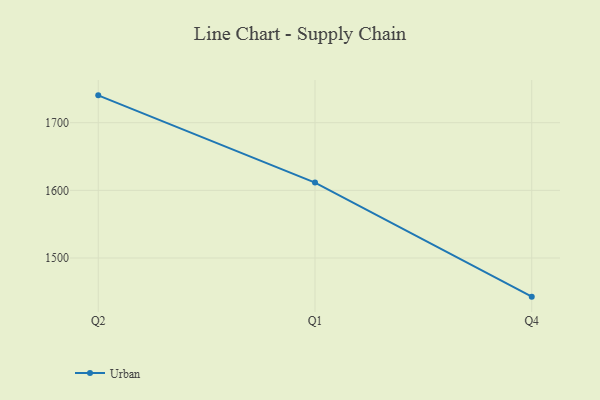
{"axis": {"x": "Quarter", "y": "Operating Costs (USD K)"}, "legend": ["Urban"], "data": [{"x": "Q2", "y": 1740.4, "type": "Urban"}, {"x": "Q1", "y": 1611.5, "type": "Urban"}, {"x": "Q4", "y": 1442.9, "type": "Urban"}]}